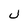
Character: J